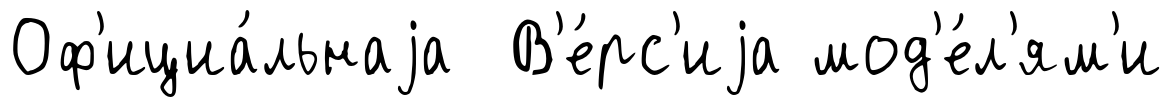
Оф'ициа́льнаjа В'е́рс'иjа мод'е́л'ям'и